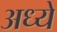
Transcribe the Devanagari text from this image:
अध्ये